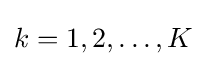
{\textstyle k=1,2,\ldots ,K}